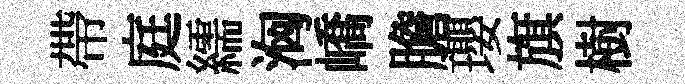
帶庭繻洶嶠膽瓔旗樹